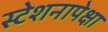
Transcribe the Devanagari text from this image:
स्टेशनापेक्षा